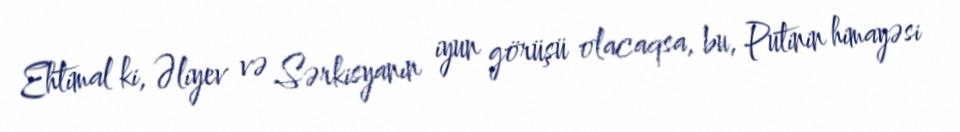
Ehtimal ki, Əliyev və Sərkisyanın iyun görüşü olacaqsa, bu, Putinin himayəsi